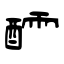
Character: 醽